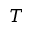
T